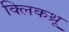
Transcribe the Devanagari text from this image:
क्लिकथ्रू